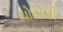
ચોટીલી